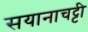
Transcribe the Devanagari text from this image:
सयानाचट्टी